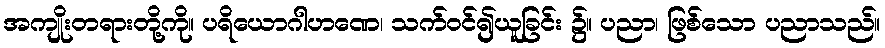
အကျိုးတရားတို့ကို။ ပရိယောဂါဟဏေ၊ သက်ဝင်၍ယူခြင်း ၌။ ပညာ၊ ဖြစ်သော ပညာသည်။